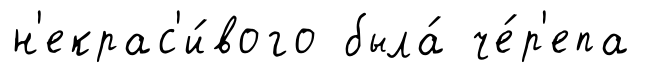
н'екрас'и́вого была́ че́р'епа